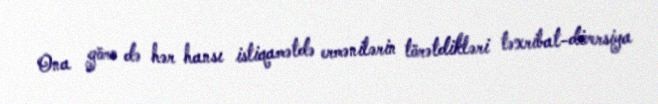
Ona görə də hər hansı istiqamətdə ermənilərin törətdikləri təxribat-diversiya